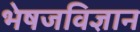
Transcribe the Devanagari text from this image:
भेषजविज्ञान